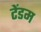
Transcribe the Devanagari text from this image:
टेंडम